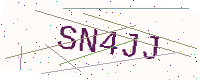
Text: SN4JJ